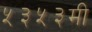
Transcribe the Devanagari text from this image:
५३५३मी